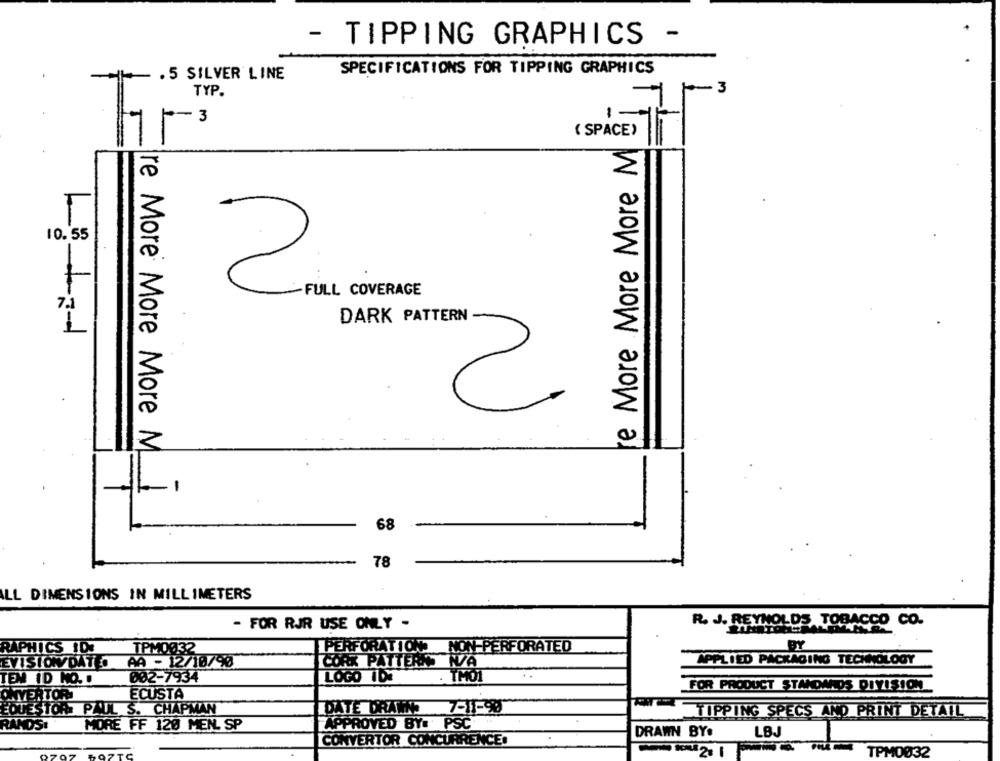
- TIPPING GRAPHICS -
. 5 SILVER LINE
SPECIFICATIONS FOR TIPPING GRAPHICS
1-3
TYP.
-
hr"
( SPACE)
te More More More M
10.55
2
-FULL COVERAGE
DARK PATTERN
1
re More More More M
68
78
ILL DIMENSIONS IN MILLIMETERS
R. J. REYNOLDS TOBACCO CO.
- FOR RJR USE ONLY -
TPM0032
PERFORATION NON-PERFORATED
BY
RAPHICS 1DE
CORK PATTERN N/A
APPLIED PACKAGING TECHNOLOGY
EVISIÓN DATO
AA - 12/10/90
082-7934
LOGO IDE
. THO1
TEM ID NO. .
FOR PRODUCT STANDARDS DIVISION
YERTORI
ECUSTA
EQUESTOR PAUL S. CHAPMAN
DATE DRAWN 7-11-98
TIPPING SPECS AND PRINT DETAIL
RANDS:
MORE FF 120 MEN. SP
APPROVED BY: PSC
DRAWN BY:
LBJ
CONVERTOR CONCURRENCE:
TPM0032